Report on vaccination in Madras 1904-1921 - 1904-1921
Year: 1904
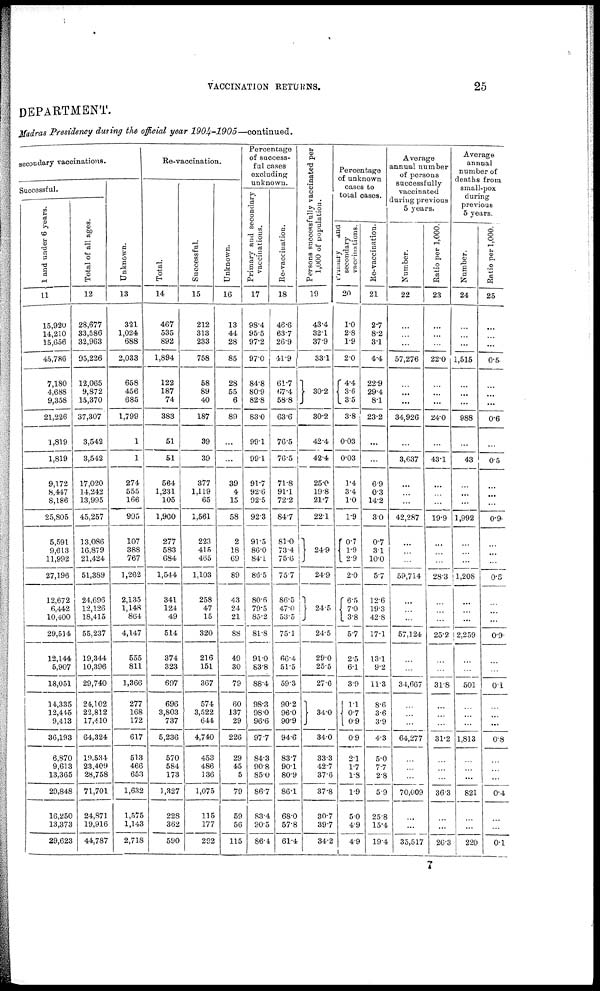
VACCINATION RETURNS.
25
DEPARTMENT.
Madras Presidency during the official year
1904-1905—continued.
secondary vaccinations.
Successful.
1 and under 6 years.
11
15,920
14,210
15,656
45,786
7,180
4,688
9,358
21,226
1,819
1,819
9,172
8,447
8,186
25,805
5,591
9,613
11,992
27,196
12,672
6,442
10,400
29,514
12,144
5,907
18,051
14,335
12,445
9,413
36,193
6,870
9,613
13,365
29,848
16,250
13,373
29,623
Tot al of al l ages.
12
28,677
33,586
32,963
95,226
12,065
9,872
15,370
37,307
3,542
3,542
17,020
14,242
13,995
45,257
13,086
16,879
21,424
51,389
24,696
12,126
18,415
55,237
19,344
10,396
29,740
24,102
22,812
17,410
64,324
19.534
23,409
28,758
71,701
24,871
19,916
44,787
Un k n o wn .
13
321
1,024
688
2,033
658
456
685
1,799
1
1
274
555
166
995
107
388
767
1,262
2,135
1,148
864
4,147
555
811
1,366
277
168
172
617
513
466
653
1,632
1,575
1,143
2,718
Re-vaccination.
Tot al .
14
467
535
892
1,894
122
187
74
383
51
51
564
1,231
105
1,900
277
583
684
1,544
341
124
49
514
374
323
697
696
3,803
737
5,236
570
584
173
1,327
228
362
590
Succes s f
ul .
15
212
313
233
758
58
89
40
187
39
39
377
1,119
65
1,561
223
415
465
1,103
258
47
15
320
216
151
367
574
3,522
644
4,740
453
486
136
1,075
115
177
292
Un k n o wn .
16
13
44
28
85
28
55
6
89
...
...
39
4
15
58
2
18
69
89
43
24
21
88
49
30
79
60
137
29
226
29
45
5
79
59
56
115
percentage
of success-
ful cases
excluding
unknown.
Primary and secondary
vaccinations.
17
98.4
95.5
97.2
97.0
84.8
80.9
82.8
83.0
99.1
99.1
91.7
92.6
92.5
92.3
91.5
86.0
84.1
86.5
80.6
79.5
85.2
81.8
91.0
83.8
88.4
98.3
98.0
96.6
97.7
84.3
90.8
85.0
86.7
83.4
90.5
86.4
Re-vaccination.
18
46.6
63.7
26.9
41.9
61.7
67.4
58.8
63.6
76.5
76.5
71.8
91.1
72.2
84.7
81.0
73.4
75.6
75.7
86.5
47.0
53.5
75.1
66.4
61.5
59.3
90.2
96.0
90.9
94.6
83.7
90.1
80.9
86.1
68.0
57.8
61.4
P ersons successfully vaccinated per
1,000 of population.
19
43.4
32.1
37.9
33.1
30.2
30.2
42.4
42.4
25.0
19.8
21.7
22.1
24.9
24.9
24.5
24.5
29.0
25.5
27. 6
34.0
34.0
33.3
42.7
37.6
37.8
30.7
39.7
34.2
Percentage
of unknown
cases to
total cases.
primary
and
secondary
vaccinations.
20
1.0
2.8
1.9
2.0
4.4
36
3.5
3.8
0.03
0.03
1.4
3.4
1.0
1.9
0.7
1.9
2.9
2.0
6.5
7.0 3.8
5.7
2.5
6.1
3.9
1.1
0.7
0.9
0.9
2.1
1.7
1.8
1.9
5.0
4.9
4.9
Re-vaccination.
21
2.7
8.2
3.1
4.4
22.9
29.4
8.1
23.2
...
...
6.9
0.3
14.2
3.0
0.7
3.1
10.0
5.7
12.6
19.3
42.8
17.1
13.1
9.2
11.3
8.6
3.6
3.9
4.3
5.0
7.7
2.8
5.9
25.8
15.4
19.4
Average
annual number
of persons
successfully
vaccinated
during previous
5 years.
Number.
22
...
...
...
57,276
...
...
...
34,926
...
3,637
...
...
...
42,287
...
...
...
59,714
...
...
...
57,124
...
...
34,667
...
...
...
64,277
...
...
...
70,009
...
...
35,517
Ratio per 1,000.
23
...
...
...
22.0
...
...
...
24.0
...
43.1
...
...
...
19.9
...
...
...
28.3
...
...
...
25.2
...
...
31.8
...
...
...
31.2
...
...
...
36.3
...
...
26.3
Average
annual
number of
deaths from
small-pox
during
previous
5 years.
Number.
24
...
...
...
1,515
...
...
...
988
...
43
...
...
...
1,992
...
...
...
1,208
...
...
...
2,259
...
...
501
...
...
...
1,813
...
...
...
821
...
...
220
Ratio per 1,000.
25
...
...
...
0.5
...
...
...
0.6
...
0.5
...
...
...
0.9
...
...
...
0.5
...
...
...
0.9
...
...
0.1
...
...
...
0.8
...
...
...
0.4
...
...
0.1
7